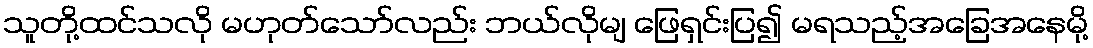
သူတို့ထင်သလို မဟုတ်သော်လည်း ဘယ်လိုမျ ဖြေရှင်းပြ၍ မရသည့်အခြေအနေမို့